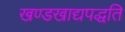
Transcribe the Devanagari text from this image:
खण्डखाद्यपद्धति